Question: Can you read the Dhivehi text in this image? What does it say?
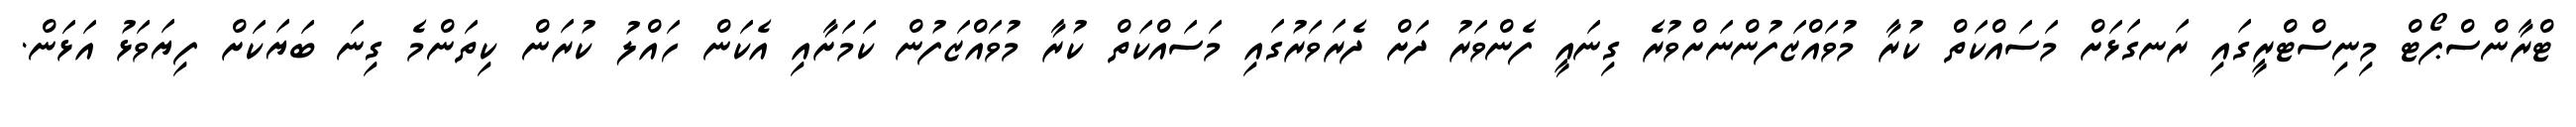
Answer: ޓްރާންސްޕޯޓް މިނިސްޓްރީގައި ރަނގަޅަށް މަސައްކަތް ކުރާ މުވައްޒަފުންނަށްވުރެ ގިނައީ ފެންވަރު ދަށް ދެރަވަރުގައި މަސައްކަތް ކުރާ މުވައްޒަފުން ކަމަށާއި އެކަން ހައްލު ކުރަން ކިތަންމެ ގިނަ ބަޔަކަށް ފިޔަވަޅު އަޅަން.